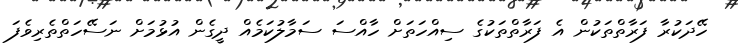
ހޭދަކުރާ ފަރާތްތަކުން އެ ފަރާތްތަކުގެ ސިއްހަތަށް ހާއްސަ ސަމާލުކަމެއް ދީގެން އުޅުމަށް ނަސޭހަތްތެރިވެފަ